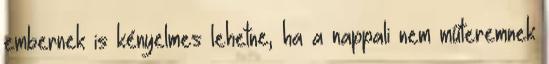
embernek is kényelmes lehetne, ha a nappali nem műteremnek